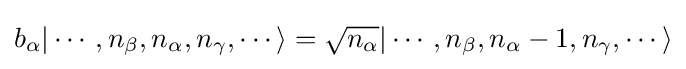
b_{\alpha }|\cdots ,n_{\beta },n_{\alpha },n_{\gamma },\cdots \rangle ={\sqrt {n_{\alpha }}}|\cdots ,n_{\beta },n_{\alpha }-1,n_{\gamma },\cdots \rangle